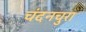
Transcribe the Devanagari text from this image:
चंदनचुरा